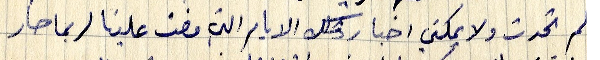
لم تحدث ولا يمكني اخبار تلك الايام التي مضت علينا لربما صار